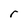
Character: r